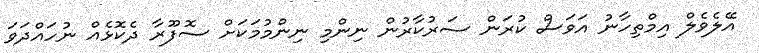
އޭލެވެލް އިމްތިހާނު އަވަސް ކުރަން ސަރުކާރުން ނިންމި ނިންމުމަކަށް ސޮފޫރާ ދެކޮޅެއް ނުހައްދަވަ